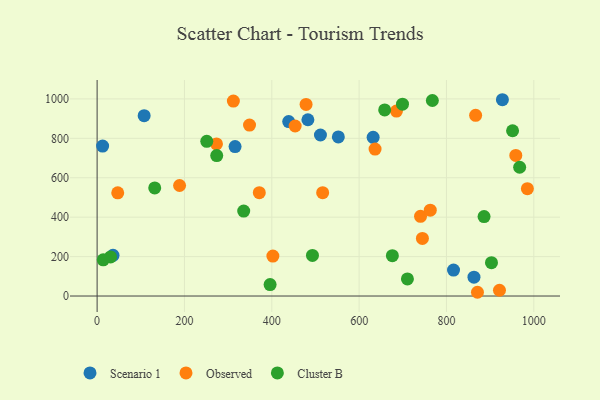
{"axis": {"x": "Experience", "y": "Exam Score"}, "legend": ["Cluster B", "Observed", "Scenario 1"], "data": [{"x": "315.9", "y": 758.2, "type": "Scenario 1"}, {"x": "552.4", "y": 807.2, "type": "Scenario 1"}, {"x": "12.6", "y": 760.5, "type": "Scenario 1"}, {"x": "482.7", "y": 894.4, "type": "Scenario 1"}, {"x": "511.4", "y": 817.0, "type": "Scenario 1"}, {"x": "36.4", "y": 206.6, "type": "Scenario 1"}, {"x": "863.0", "y": 95.7, "type": "Scenario 1"}, {"x": "632.1", "y": 804.9, "type": "Scenario 1"}, {"x": "928.1", "y": 995.9, "type": "Scenario 1"}, {"x": "438.7", "y": 885.0, "type": "Scenario 1"}, {"x": "816.2", "y": 131.8, "type": "Scenario 1"}, {"x": "107.7", "y": 914.9, "type": "Scenario 1"}, {"x": "958.8", "y": 713.4, "type": "Observed"}, {"x": "636.5", "y": 745.3, "type": "Observed"}, {"x": "273.3", "y": 771.6, "type": "Observed"}, {"x": "871.0", "y": 19.0, "type": "Observed"}, {"x": "985.3", "y": 544.8, "type": "Observed"}, {"x": "371.4", "y": 524.4, "type": "Observed"}, {"x": "866.8", "y": 916.8, "type": "Observed"}, {"x": "516.5", "y": 524.3, "type": "Observed"}, {"x": "453.5", "y": 862.6, "type": "Observed"}, {"x": "47.2", "y": 523.6, "type": "Observed"}, {"x": "744.9", "y": 292.0, "type": "Observed"}, {"x": "402.5", "y": 202.6, "type": "Observed"}, {"x": "349.0", "y": 867.4, "type": "Observed"}, {"x": "740.6", "y": 404.2, "type": "Observed"}, {"x": "312.0", "y": 988.9, "type": "Observed"}, {"x": "921.4", "y": 29.3, "type": "Observed"}, {"x": "762.9", "y": 435.4, "type": "Observed"}, {"x": "188.8", "y": 560.7, "type": "Observed"}, {"x": "478.5", "y": 972.2, "type": "Observed"}, {"x": "685.5", "y": 938.5, "type": "Observed"}, {"x": "886.1", "y": 402.9, "type": "Cluster B"}, {"x": "767.7", "y": 992.0, "type": "Cluster B"}, {"x": "699.3", "y": 973.4, "type": "Cluster B"}, {"x": "658.5", "y": 944.4, "type": "Cluster B"}, {"x": "30.8", "y": 198.4, "type": "Cluster B"}, {"x": "131.9", "y": 548.6, "type": "Cluster B"}, {"x": "273.9", "y": 712.4, "type": "Cluster B"}, {"x": "251.1", "y": 784.9, "type": "Cluster B"}, {"x": "14.0", "y": 183.7, "type": "Cluster B"}, {"x": "903.1", "y": 169.4, "type": "Cluster B"}, {"x": "396.1", "y": 58.0, "type": "Cluster B"}, {"x": "335.7", "y": 431.0, "type": "Cluster B"}, {"x": "676.1", "y": 204.7, "type": "Cluster B"}, {"x": "951.4", "y": 838.6, "type": "Cluster B"}, {"x": "493.1", "y": 206.2, "type": "Cluster B"}, {"x": "710.6", "y": 86.6, "type": "Cluster B"}, {"x": "967.6", "y": 653.2, "type": "Cluster B"}]}